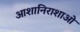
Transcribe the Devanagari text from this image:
आशानिराशाओं